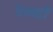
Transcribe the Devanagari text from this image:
नेवाड़ी